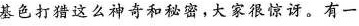
基色打猎这么神奇和秘密，大家很惊讶。有一